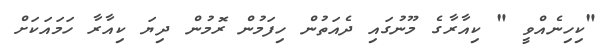
"ކިހިނެއްވީ " ކިއާރާގެ މޫނުގައި ދެއަތުން ހިފަމުން ރޮމުން ދިޔަ ކިއާރާ ހަމައަކަށް